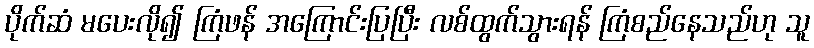
ပိုက်ဆံ မပေးလို၍ ကြံဖန် အကြောင်းပြပြီး လစ်ထွက်သွားရန် ကြံစည်နေသည်ဟု သူ